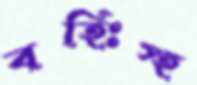
বহিঃস্হ